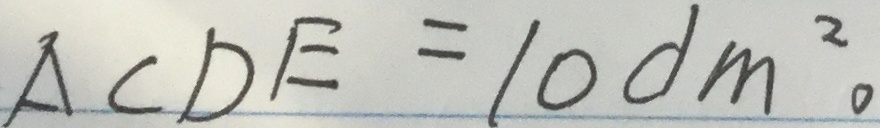
\Delta C D E = 1 0 d m ^ { 2 } 。